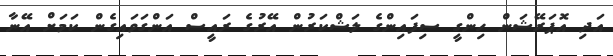
އަދި އޮޕަރޭޝަން ހިންގީ ސިފައިންގެ ލަޝްކަރުން އޭރުގެ ރައީސް އަންގަވައިގެން ކަމަށް އޭނާ